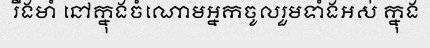
រឹងមាំ នៅក្នុងចំណោមអ្នកចូលរួមទាំងអស់ ក្នុង